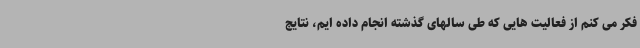
فکر می کنم از فعالیت هایی که طی سالهای گذشته انجام داده ایم، نتایج